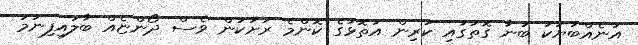
އަނެއްބަޔަކު ބުނާ ގޮތުގައި ކުރިން އަތޮޅުގެ ކޮންމެ ރަށަކުން ވެސް ދޯންޏެއް ބާލައިފިނަމަ